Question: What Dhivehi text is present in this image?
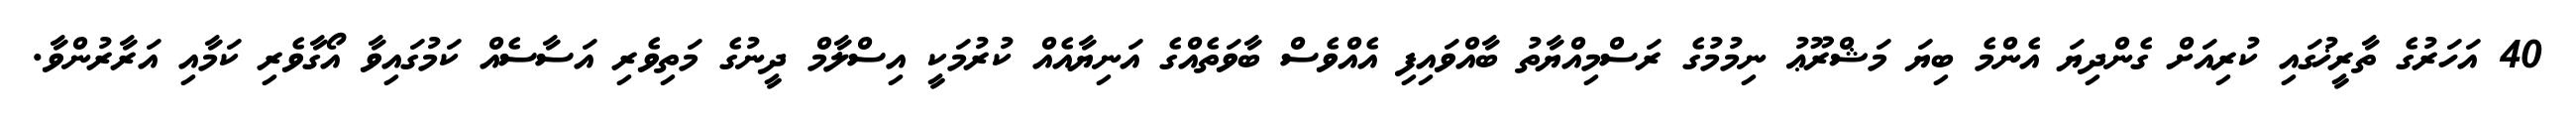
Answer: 40 އަހަރުގެ ތާރީޚުގައި ކުރިއަށް ގެންދިޔަ އެންމެ ބިޔަ މަޝްރޫޢު ނިމުމުގެ ރަސްމިއްޔާތު ބާއްވައިފި އެއްވެސް ބާވަތެއްގެ އަނިޔާއެއް ކުރުމަކީ އިސްލާމް ދީނުގެ މަތިވެރި އަސާސެއް ކަމުގައިވާ އޯގާވެރި ކަމާއި އަރާރުންވާ.